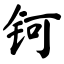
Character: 钶